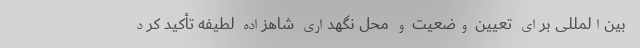
بین‌المللی برای تعیین وضعیت و محل نگهداری شاهزاده لطیفه تأکید کرد